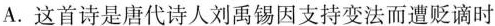
A.这首诗是唐代诗人刘禹锡因支持变法而遭贬谪时